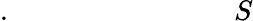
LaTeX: .\qquad\qquad\qquad\quad\; \; \; S